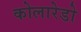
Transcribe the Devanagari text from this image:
कोलारेडो